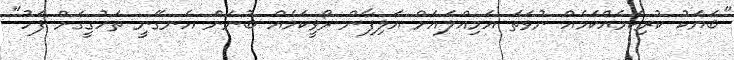
"ބަޔަކު ކުރިކަމެއްކަމެއް ނުވަތަ އަމިއްލައަށް އަލިފާން ރޯވީކަމެއް ބުނަން އެނގޭނީ ތަހުގީގަށް ފަހު"